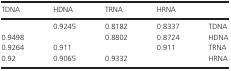
| TDNA | HDNA | TRNA | HRNA |  |
 | --- | --- | --- | --- | --- |
 |  | 0.9245 | 0.8182 | 0.8337 | TDNA |
 | 0.9498 |  | 0.8802 | 0.8724 | HDNA |
 | 0.9264 | 0.911 |  | 0.911 | TRNA |
 | 0.92 | 0.9065 | 0.9332 |  | HRNA |